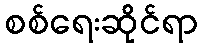
စစ်ရေးဆိုင်ရာ